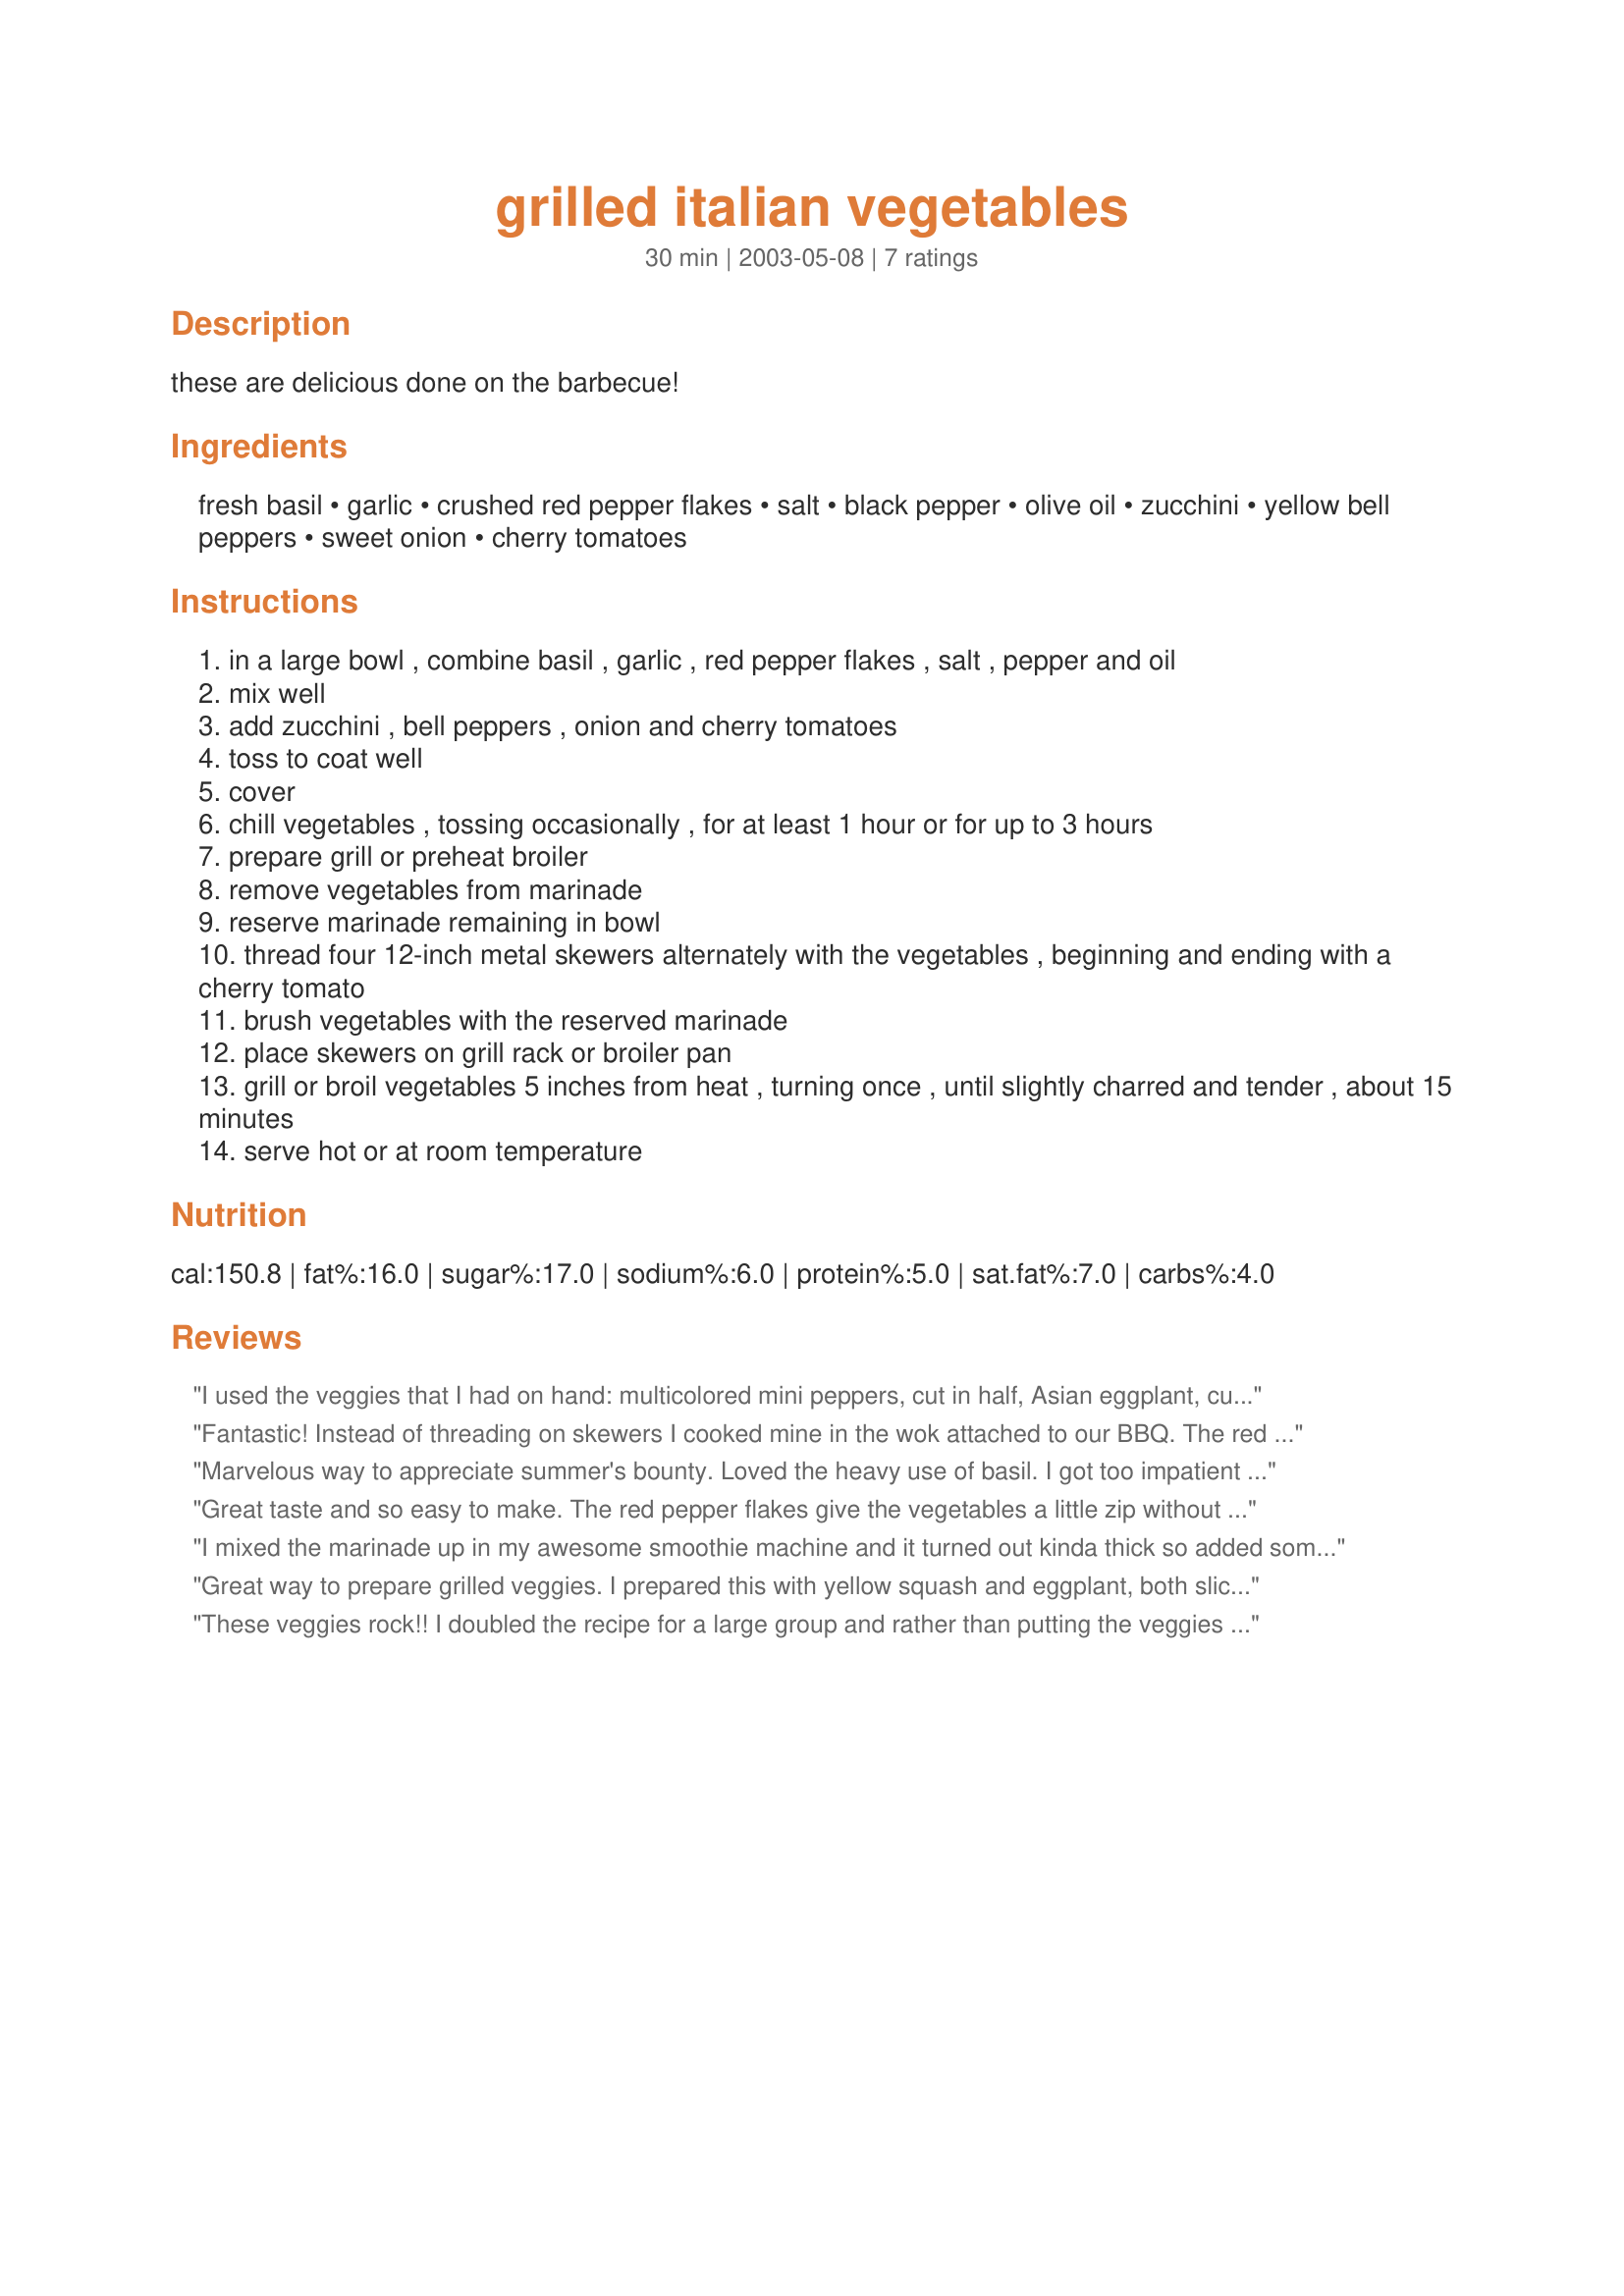
grilled italian vegetables
Preparation time: 30 minutes

these are delicious done on the barbecue!

Ingredients:
fresh basil, garlic, crushed red pepper flakes, salt, black pepper, olive oil, zucchini, yellow bell peppers, sweet onion, cherry tomatoes

Steps:
in a large bowl , combine basil , garlic , red pepper flakes , salt , pepper and oil
mix well
add zucchini , bell peppers , onion and cherry tomatoes
toss to coat well
cover
chill vegetables , tossing occasionally , for at least 1 hour or for up to 3 hours
prepare grill or preheat broiler
remove vegetables from marinade
reserve marinade remaining in bowl
thread four 12-inch metal skewers alternately with the vegetables , beginning and ending with a cherry tomato
brush vegetables with the reserved marinade
place skewers on grill rack or broiler pan
grill or broil vegetables 5 inches from heat , turning once , until slightly charred and tender , about 15 minutes
serve hot or at room temperature

Reviews:
I used the veggies that I had on hand: multicolored mini peppers, cut in half, Asian eggplant, cut in rounds, and zucchini. The marinade was great, we loved the basil. I 'm thinking next time, we might add a bit of baslamic vinegar.
Fantastic! Instead of threading on skewers I cooked mine in the wok attached to our BBQ. The red pepper flakes add just the right amount of zing...a perfect addition to our BBQ thanks for sharing!
Marvelous way to appreciate summer's bounty. Loved the heavy use of basil. I got too impatient and took these off the grill too quickly. They were much better when I put them back on and allowed them to cook completely.
Great taste and so easy to make. The red pepper flakes give the vegetables a little zip without being overpowering. I used extra garlic since we like it. I made 2 zucchini, 1 red pepper, 1 onion and a container of mushrooms on a barbecue pan. Next time I will make a bit more marinade since there was none left to reserve. Thanks for a great recipe
I mixed the marinade up in my awesome smoothie machine and it turned out kinda thick so added some chicken stock. With doubling the marinade recipie I ended up with a lttle over a cup of marinade. The veggies I had on hand were zucchini, onions, carrots (steamed those for a few min), cauliflower, and green peppers. Tossed those with 1/4 cup of the marinade and a little extra salt and let sit for about an hour. I also brushed the marinade on a both sides of a portabella. The veggie mix I cooked on the gas grill using a preforated topper until a bit browned and tender. I put the portabella on over medium heat and grille abt 4-5 min per side. I spread a thin layer of crema over the mushroom after it was off the grill. Served with a little baked sweet potatoe topped with 1 tsp of apple butter. Around 350 calories for a fillling dinner and I have veggies left over for at least 3 meals this week. I also have more than a cup of marinade left over. <br/><br/>Tanks for your recipie.
Great way to prepare grilled veggies. I prepared this with yellow squash and eggplant, both sliced pretty thin, and it came out really good. The red pepper flakes give the veggies a nice kick, but not too spicy. I served the vegies with pasta and pesto (#49909)
These veggies rock!! I doubled the recipe for a large group and rather than putting the veggies on skewers, dh cooked them in a BBQ stir fry pan over a charcoal grill. Because of the large amount, he cooked them in small batches so everything cooked evenly. The hint of bite from the red pepper flakes and the smoke from the grill made such a wonderful combination. Everyone loved them!
